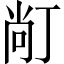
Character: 𱍙